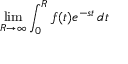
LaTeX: \operatorname* { l i m } _ { R \to \infty } \int _ { 0 } ^ { R } f ( t ) e ^ { - s t } \, d t